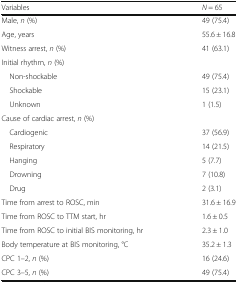
<table><thead><tr><td><b>Variables</b></td><td><b><i>N</i> = 65</b></td></tr></thead><tbody><tr><td>Male, <i>n</i> (%)</td><td>49 (75.4)</td></tr><tr><td>Age, years</td><td>55.6 ± 16.8</td></tr><tr><td>Witness arrest, <i>n</i> (%)</td><td>41 (63.1)</td></tr><tr><td colspan="2">Initial rhythm, <i>n</i> (%)</td></tr><tr><td> Non-shockable</td><td>49 (75.4)</td></tr><tr><td> Shockable</td><td>15 (23.1)</td></tr><tr><td> Unknown</td><td>1 (1.5)</td></tr><tr><td colspan="2">Cause of cardiac arrest, <i>n</i> (%)</td></tr><tr><td> Cardiogenic</td><td>37 (56.9)</td></tr><tr><td> Respiratory</td><td>14 (21.5)</td></tr><tr><td> Hanging</td><td>5 (7.7)</td></tr><tr><td> Drowning</td><td>7 (10.8)</td></tr><tr><td> Drug</td><td>2 (3.1)</td></tr><tr><td>Time from arrest to ROSC, min</td><td>31.6 ± 16.9</td></tr><tr><td>Time from ROSC to TTM start, hr</td><td>1.6 ± 0.5</td></tr><tr><td>Time from ROSC to initial BIS monitoring, hr</td><td>2.3 ± 1.0</td></tr><tr><td>Body temperature at BIS monitoring, °C</td><td>35.2 ± 1.3</td></tr><tr><td>CPC 1–2, <i>n</i> (%)</td><td>16 (24.6)</td></tr><tr><td>CPC 3–5, <i>n</i> (%)</td><td>49 (75.4)</td></tr></tbody></table>